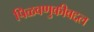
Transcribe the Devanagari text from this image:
पिळवणुकीबद्दल